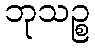
ဘုသဉ္စ